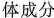
体成分